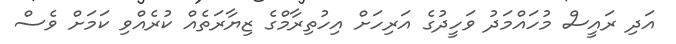
އަދި ރައީސް މުހައްމަދު ވަހީދުގެ އަރިހަށް އިހުތިރާމްގެ ޒިޔާރަތެއް ކުރެއްވި ކަމަށް ވެސް